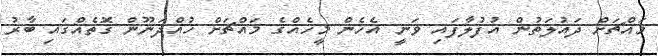
މައްޗަށް ދައުލަތުން އުފުލާފައި ވަނީ އެހެން މީހެއްގެ މައްޗަށް ހުއްދަނޫން ގޮތެއްގައި ބާރު